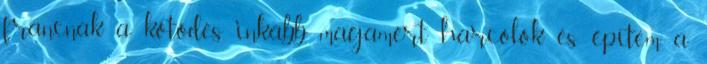
francnak a kötődés, inkább magamért harcolok és építem a